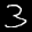
Label: 3